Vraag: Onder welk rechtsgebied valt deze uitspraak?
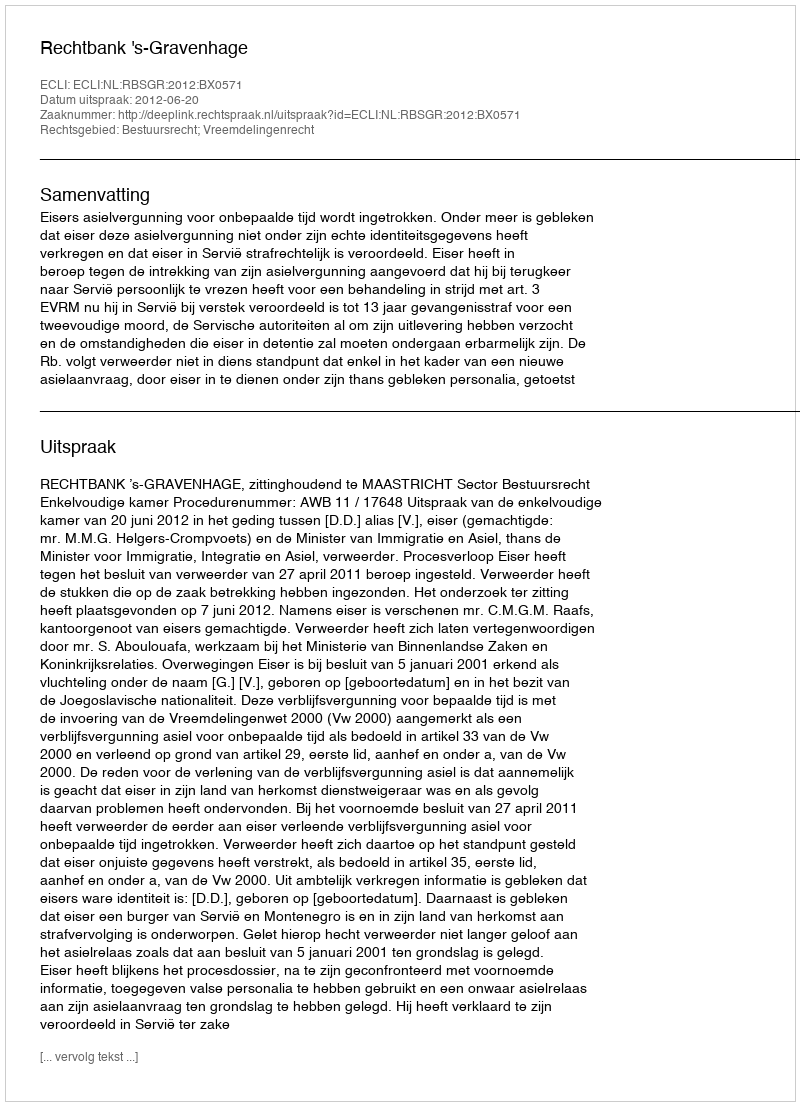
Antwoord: Bestuursrecht; Vreemdelingenrecht